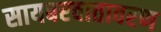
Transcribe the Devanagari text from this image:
सायबरवातावरण